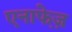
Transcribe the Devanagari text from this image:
एनाफे़ज़